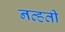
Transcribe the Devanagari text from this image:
नव्‍हती